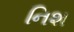
નિશ